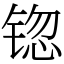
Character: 锪